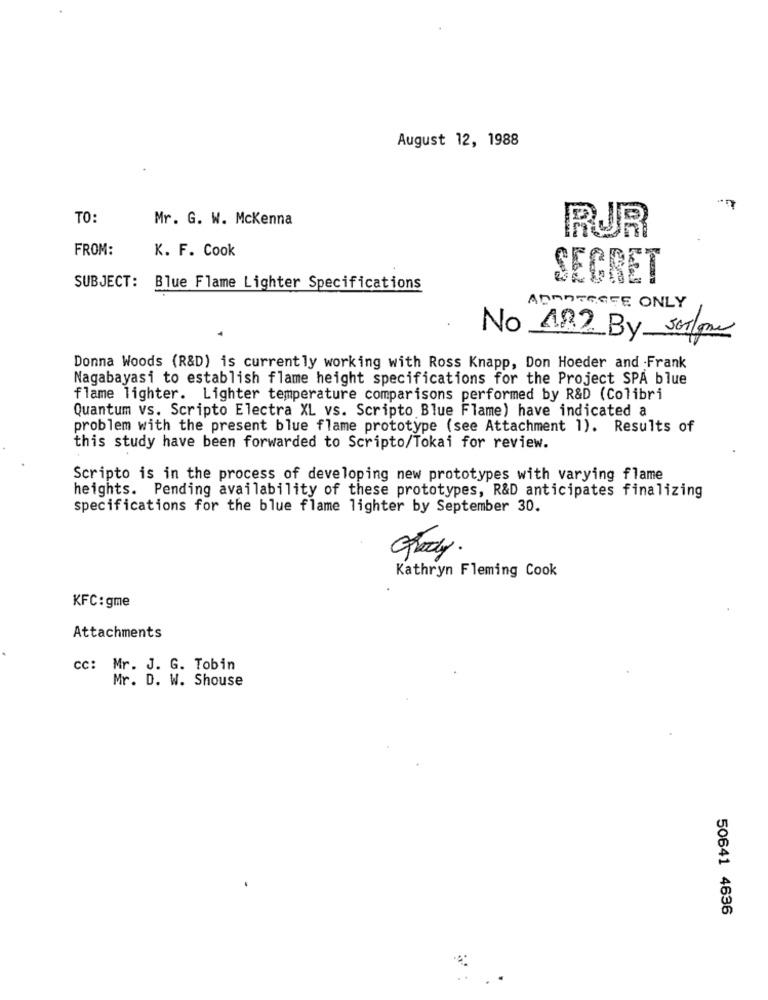
August 12, 1988
TO:
Mr. G. W. Mckenna
RUR
FROM:
K. F. Cook
SECRET
SUBJECT: Blue Flame Lighter Specifications
ABANTGGFE ONLY
No 182 By sorlane
Donna Woods (R&D) is currently working with Ross Knapp, Don Hoeder and Frank
Nagabayasi to establish flame height specifications for the Project SPA blue
flame lighter. Lighter temperature comparisons performed by R&D (Colibri
Quantum vs. Scripto Electra XL vs. Scripto Blue Flame) have indicated a
problem with the present blue flame prototype (see Attachment 1). Results of
this study have been forwarded to Scripto/Tokai for review.
Scripto is in the process of developing new prototypes with varying flame
heights. Pending availability of these prototypes, R&D anticipates finalizing
specifications for the blue flame lighter by September 30.
Plody
Kathryn Fleming Cook
KFC: gme
Attachments
cc: Mr. J. G. Tobin
Mr. D. W. Shouse
50641 4636